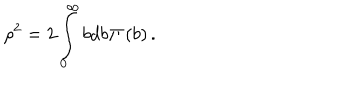
\rho ^ { 2 } = 2 \int _ { 0 } ^ { \infty } { b d b } \Pi \left( b \right) .